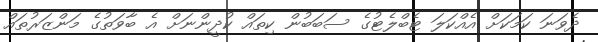
ދެވަނަ ކަމަކަށް އެއްކަލަ ޓެބްލެޓުގެ ސަބަބުން ކިތައް ކުދީންނަށް އެ ބާވަތުގެ މަންޒަރުތައް